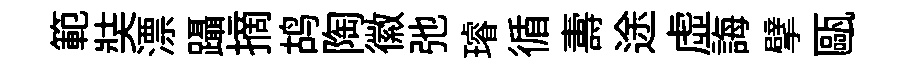
範奘漂躡摘鸪陶徽弛璿循夀途虚誨擘甌